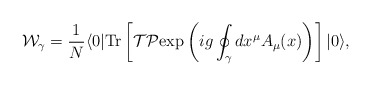
\begin{align*}{\cal W}_{\gamma} = {1\over N} \langle 0| {\rm Tr}\left[ {\cal T}{\cal P} {\rm exp} \left( ig \oint_\gamma dx^\mu A_\mu (x) \right)\right]|0\rangle,\end{align*}